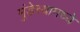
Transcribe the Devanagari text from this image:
मुंडेच्यामध्ये